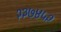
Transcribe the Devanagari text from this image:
२३७४५२